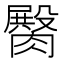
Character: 臋